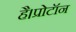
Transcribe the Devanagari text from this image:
है।प्रोटॉन